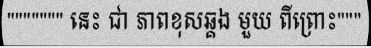
""""""" នេះ ជា ភាពខុសឆ្គង មួយ ពីព្រោះ"""